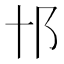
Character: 𨙩